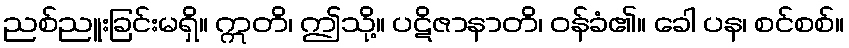
ညစ်ညူးခြင်းမရှိ။ ဣတိ၊ ဤသို့။ ပဋိဇာနာတိ၊ ဝန်ခံ၏။ ခေါ ပန၊ စင်စစ်။